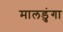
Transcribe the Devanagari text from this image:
मालडुंगा